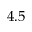
4 . 5